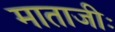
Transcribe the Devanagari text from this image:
माताजीः